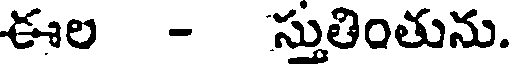
ఈల - స్తుతింతును.